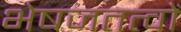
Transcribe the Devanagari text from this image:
भेषजतत्वों